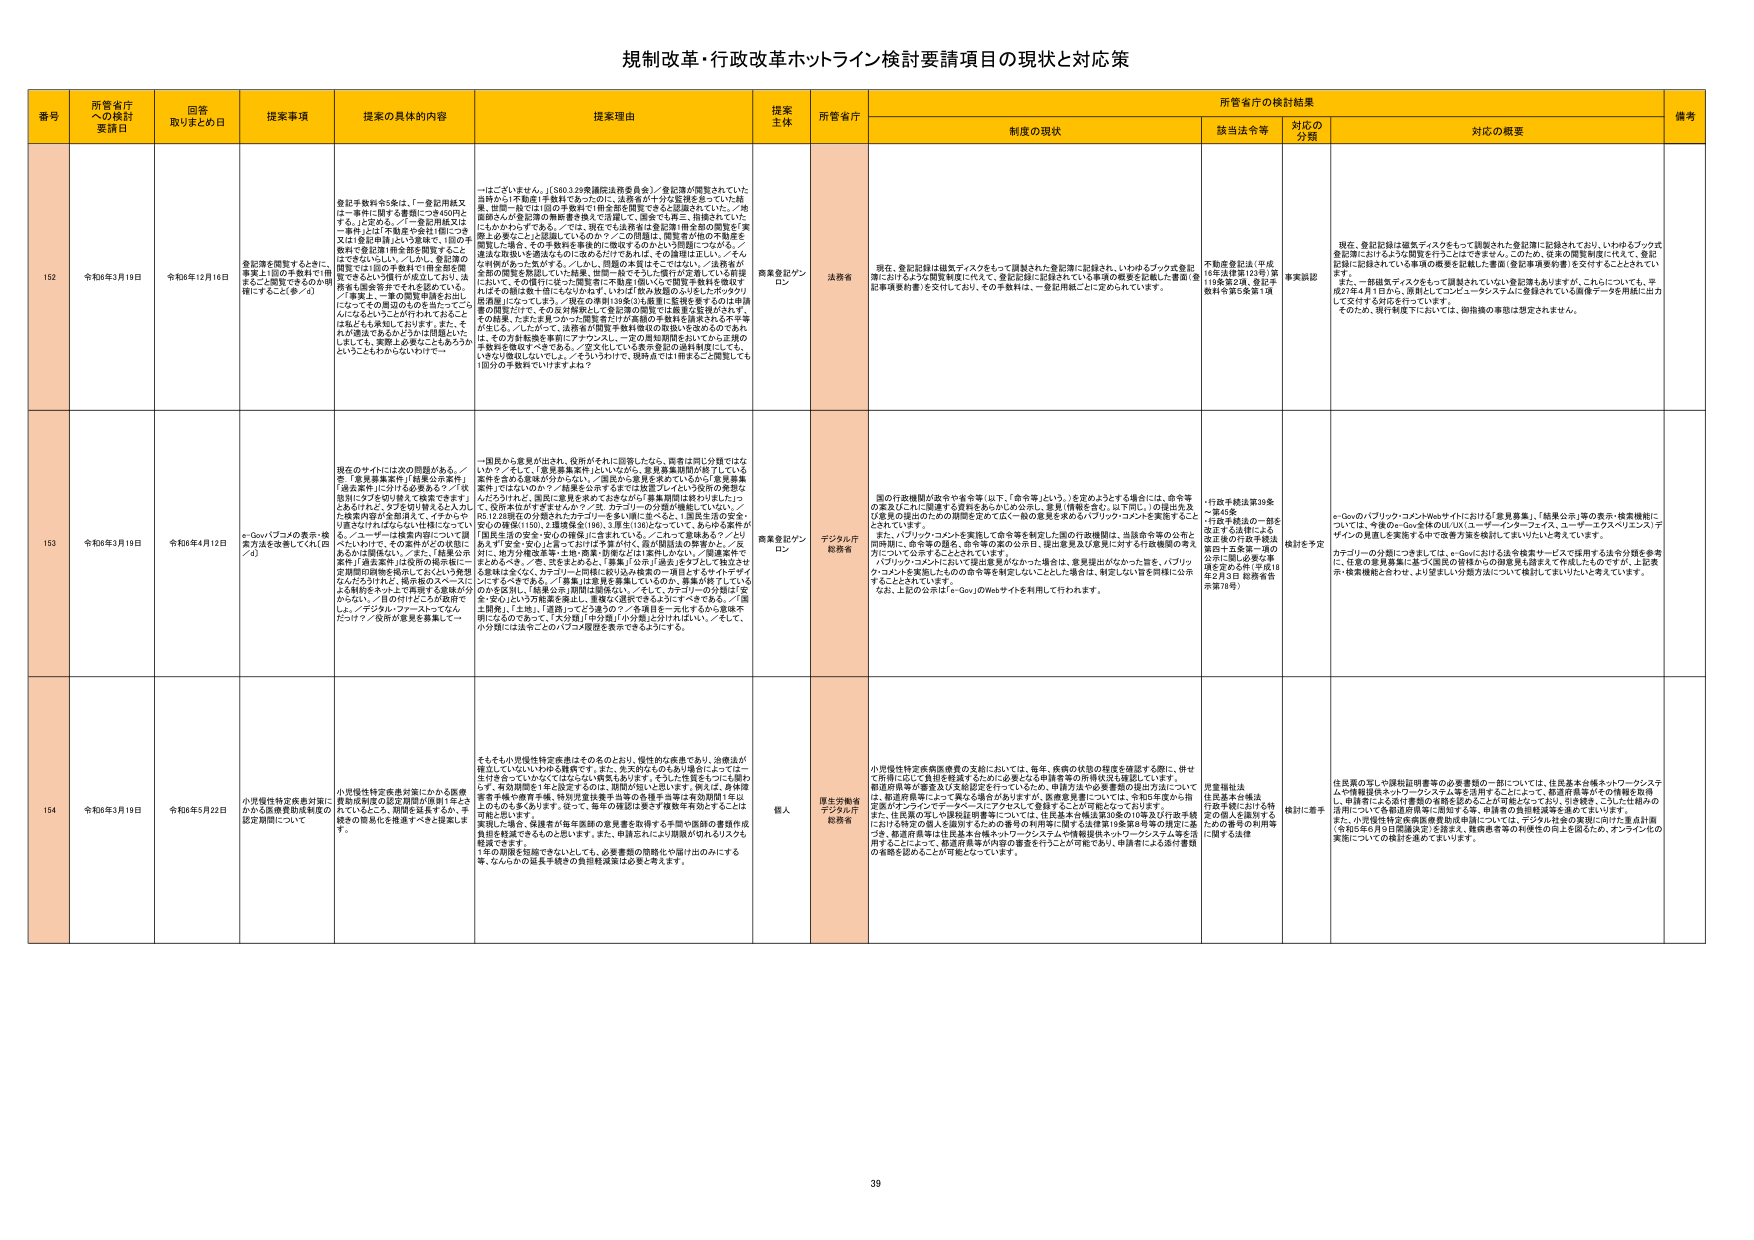
規制改革・行政改革ホットライン検討要請項目の現状と対応策

番号 所管省庁への検討要請日 回答取りまとめ日 提案事項 提案の具体的内容 提案理由 提案主体 所管省庁 所管省庁の検討結果 備考
制度の現状 該当法令等 対応の分類 対応の概要

152 令和6年3月19日 令和6年12月16日 登記簿を閲覧するときに、事業主1回の手数料で1冊まるごと閲覧できるのか明確にすること（※／d） 登記手数料令5条は、「一登記用紙又は一事件に関する書類につき450円とする。」と定める。／「一登記用紙又は一事件」とは「不動産や会社1個につき又は1登記申請」だという解釈で、1回の手数料で登記簿1冊を読む際等すると、はできない。／しかし、登記簿の閲覧では1回の手数料で1冊全部を閲覧できるという慣行が成立しており、法務省も同業者会社でも承認している。／事業主・一書の閲覧申請を60出になっているので周辺のものを読んでもらうというふうにつけなければならない。／法務省も「登記簿を読むのは1冊まるごと読むのは、それが基本であるようには認識したい。」として、業界も企業などにもあうかということもわからないわけてー 一はございません。」［5603.39再調査法務委員会］／登記簿が閲覧されていた当時から「不動産1手数料であったのに、法務省が十分な監視を怠っていた結果、監理一般では1回の手数料で1冊全部を閲覧できると認識されていた。／他都道府県が登記簿の閲覧事務を独立で展開して、県単で1冊に、指導されていたにもかかわらずである。／では、現在でも法務省は登記簿1冊全部の閲覧を「業界より委託した」と認識しているのか？／この問題は、閲覧者対他の登録者を勘定した場合、その手数料を事業的に收取するのかという問題につながる。／違法な取扱いと認識しないのかという点では、はっきりしない。／なお、手数料があった気がする。／しかし、問題の本質はそこではない。／法務省が全部の閲覧を承認していた結果、世間一般でも「一冊だけがを通している前提において、その慣行に従った問題を「不動産1冊」でこの閲覧手数料を徴収すればその額は数十億にもなりかねず、いわば「数か放題のような」したがっタリ財源獲得になっている。／現在の業界は100数の1冊を登録するが、その手数料の問題だけでなく、その反対解釈として登記簿の閲覧では概要を監視がされず、その結果、たとえば見つかった第三者に1冊全部の手数料を請求される手がが生じる。／したがって、法務省が閲覧手数料徴収の取扱いを改めるのであれば、その方が新発売事項にアタックした。一定の周知期間を設けてから正規の手数料を徴収すべきである。／2文にしても業界委員の説明時間にしても、いきなり徴収しないでしょ。／そういわば、現時点では1冊まるごと閲覧しても1回分の手数料でいりますよね？ 商業登記プランロン 法務省 現在、登記記録は磁気ディスクをもって調製された登記簿に記録され、いわゆるブック式登記簿に於けるような閲覧を行うことはできません。このため、従来の閲覧制度に代えて、登記記事検索対象）を交付しており、その手数料は、一登記用紙ごとに定められています。 不動産登記法（平成16年法律第123号）第111条第2項、登記手数料令第5条第1項 事実誤認 現在、登記記録は磁気ディスクをもって調製された登記簿に記録されており、いわゆるブック式登記簿におけるような閲覧を行うことはできません。このため、従来の閲覧制度に代えて、登記記録に記録されている事項の閲覧を記録した書面（登記事項事務対象）を交付することとなっています。一部磁気ディスクをもって調製されている登記簿もありますが、これらについても、平成27年4月1日から、原則としてコンピュータシステムに登録されている画像データを用紙に出力して交付する対応を行っています。そのため、現行制度下においては、御指摘の事項は想定されません。

153 令和6年3月19日 令和6年4月12日 e-Govパブコメの表示・検索方法を改善してくれ（四／d） 現在のサイトには次の問題がある。／①「意見募集案件」「結果公示案件」「過去案件」に分けられる検索タグ。／②「説明にタグを切り替えで検索できます」あるけれど、タグ切り替えをした入力で検索内容が全部消えて、イチからやり直さなければならない。仕様について、「e-コマーサーは検索内容について図べないわけて、その案件がどの状態にあるかは問題ない。／また、「結果公示案件」「過去案件」は改前の掲示板に一定期間の説明を掲示しておいたい予期をなんだろうけれど、掲示板のスペースにふる納約をやった上で掲示する意味が分かるない。／何のけたことが掲示でしたか？／設計が意見を募集してー 一国民から意見が出され、役所がそれに回答したなら、閲覧は同じ分類ではな いの？／そして、「意見募集案件」といったが、意見募集期間が終了している案件を含める意味が分からない。／「過去の」を残すためているなら「意見募集案件」ではないのか？／結果を公表するまで行政案件／という分類の必要性 なども分かれば、国民に意見を求めてきたが「意見募集期間は終わりました」 て、応募本体がすますんか？／③、カテゴリーロの分類が機能していない。／85.12.28現在の分類されたカテゴリーネームも「順に並べる」、1.国民生活の安全・安心の確保（150）、2.国際協力（40）、3.選挙（100）となっている。あらゆる案件が「国民生活の安全・安心の確保」に含まれている。／これって意味ある？／より良 きタグで「安全・安心」にあっておけば手直がやれ、霞が関民法の特筆かと。／反対に、地方分権改革等、土木・農業・財産などは要約しない。／「関連案件でまとめられる」、「答、公式まとめなど、『募集』『公示』『過去』をタグとして独立させ る意味は全くなく、カテゴリーロ用語に要はみ検索の一項目とすサイトデザイ ンにすべきである。／「募集」は意見を募集しているのか、募集が終了しているかを区別し、「結果公示」期間は原則ない。／そして、カテゴリーロの分類は「安 全・安心」という万能要素を廃止し、業界に区別できるようにすべきである。／「国 土開発」「土建」、「道路」ってどう違うの？／各項目を一元化するから意味不 明になるのであって、「大分類」「中分類」「小分類」が分けねばない。／そして、 小分類には法令ごとのパブコメ履歴を表示できるようにする。 商業登記プランロン デジタル庁 総務省 国の行政機関が政令や省令等（以下、「命令等」という。）を定めるような場合には、命令等の案並びにこれに関連する資料をあらかじめ公示し、意見（情報も含む。以下同じ。）の提出先及び意見の提出のための期間を定めて広く一般の意見を求める（パブリック・コメントを実施することとされています。 また、パブリック・コメントを実施して命令等を制定した国の行政機関は、当該命令等の公布と同時に、命令等の趣旨、命令等の案の公示日、提出意見及び意見に対する行政機関の考え方について公表することとされています。 パブリック・コメントにおいて提出意見がなかった場合は、意見提出がなかった旨を、パブリック・コメントを実施したものの命令等を制定しなかった場合は、制定しない旨を同様に公示することとされています。 なお、上記の公示は「e-Gov」のWebサイトを利用して行われます。 行政手続法第39条～第45条 行政手続法の一部を改正する法律による改正後の行政手続法 第四十五条第一項の公示に関し必要な事項を定める省令（平成18年2月3日 総務省告示第78号） 検討を予定 e-Govのパブリック・コメントWebサイトにおける「意見募集」、「結果公示」等の表示・検索機能については、今後De-Gov全体のUI／UX（ユーザーインターフェイス、ユーザーエクスペリエンス）デザインの見直しを実施する中で改善方策を検討してまいりたいと考えています。 カテゴリーの分類につきましては、e-Govにおける法令検索サービスで採用する法令分類を参考に、任意の意見募集に基づく国民の皆様からの御意見も踏まえて作成したものですが、上記表示・検索機能と合わせ、より望ましい分類方法について検討してまいりたいと考えています。

154 令和6年3月19日 令和6年5月22日 小児慢性特定疾患対策にかかる医療費助成の認定期間が原則1年とされていること、期間を延長するか、手続きの簡易化を推進すべきと提案します。 小児慢性特定疾患対策にかかる医療費助成制度の認定期間が原則1年とされていること、期間を延長するか、手続きの簡易化を推進すべきと提案します。 そもそも小児慢性特定疾患とはその名のとおり、慢性的な疾患であり、治療法が確立していないいわゆる難病です。また、先天的なものもあリ場合によっては一生涯付きっきりかでなければなりません。それらを要するには、毎年、再申請が要する。有効期間を1年と設定するのは、期間が短いと思います。例えば、身体障害者手帳や療育手帳、特別児童扶養手当等の各種手当等は有効期間1年以上あるものが多いです。従って、毎年の再認定を要する手続きを強いることは不都合と思います。 実際には場合、保護者が毎年医師の意見書を取得する手間や医師の意見書作成負担を軽減できるものと思います。また、申請忘れにより期間が切れるとリスクも軽減できます。 1年の期間を短縮できないとしても、必要書類の簡略化や届け出のみにする等、なんらかの延長手続きの負担軽減策は必要と考えます。 個人 厚生労働省 デジタル庁 総務省 小児慢性特定疾患医療費の支給においては、毎年、疾病の状態の程度を確認する際に、併せて所得に応じた負担を軽減するための必要となる申請書等の所得状況も確認しています。 軽度障害等が審査及び支給認定を行っているため、申請方法や必要書類の提出方法については、都道府県等によって異なる場合がありますが、医療費を要については、令和3年度から指定医がオンライン・データベースにアクセスして登録することが可能となっております。 また、住民票の写しや保険証明書等については、住民基本台帳法第30条の10第2項及び政令第1におりる特定の個人を識別するための番号の利用等に関する法律第14条第3号等の規定に基づき、都道府県等は住民基本台帳ネットワークシステムや情報提供ネットワークシステム等を活用することによって、都道府県等が内閣の審査を行うことが可能であり、申請者による添付書類の省略を図ることが可能となっています。 児童福祉法 住民基本台帳法 行政手続における特定の個人を識別するための番号の利用等に関する法律 検討に着手 住民票の写しや保険証明書等の必要書類の一部については、住民基本台帳ネットワークシステムや情報提供ネットワークシステム等を活用することによって、都道府県等がその情報を活用し、申請者による添付書類の省略を図ることが可能となっており、引き続き、こうした仕組みの活用についても都道府県等に周知する等、申請者の負担軽減等を進めてまいります。 また、小児慢性特定疾患医療費助成申請については、デジタル社会の実現に向けた重点計画（令和5年6月9日閣議決定）を踏まえ、難病患者等の利便性の向上を図るため、オンライン化の実現についての検討を進めてまいります。

39